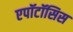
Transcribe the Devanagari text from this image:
एपॉटॉसिस